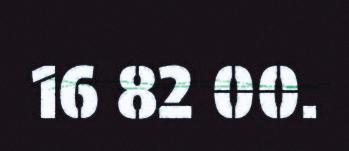
16 82 00.